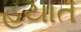
હયાત